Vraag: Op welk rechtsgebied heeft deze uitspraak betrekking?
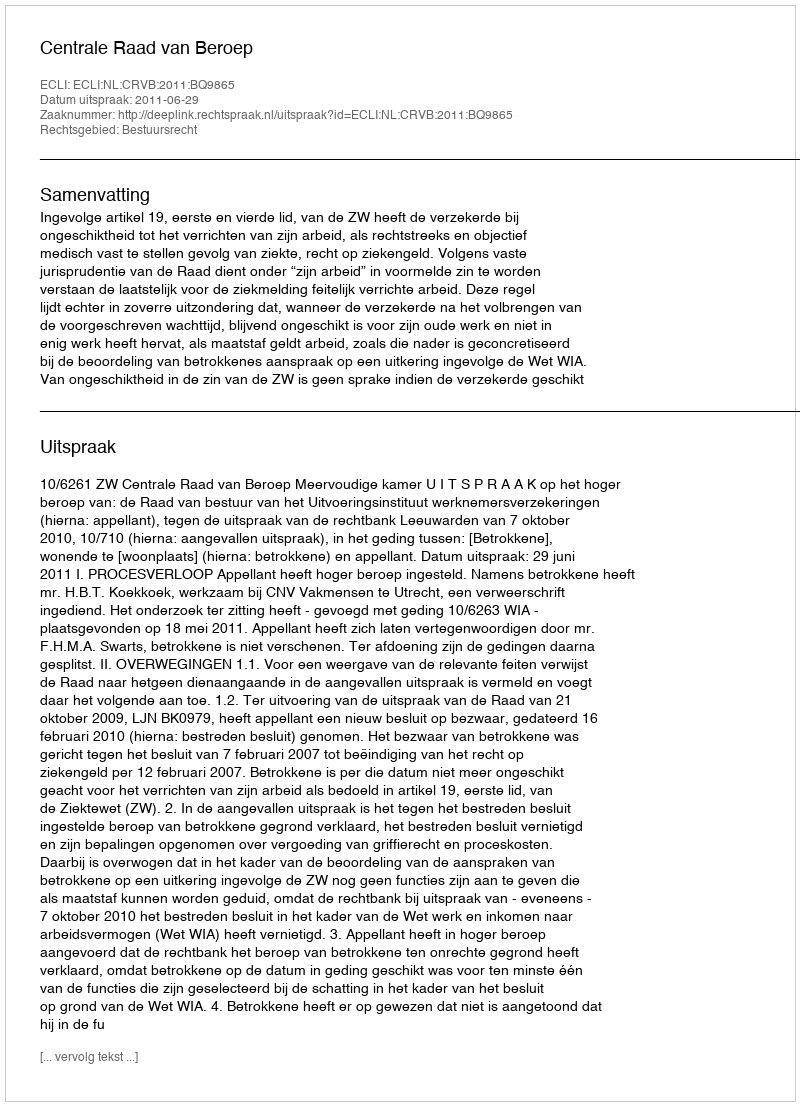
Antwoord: Bestuursrecht